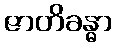
ဇာတိခန္ဓာ